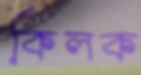
কিলক